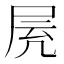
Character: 𡱓